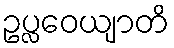
ဥပ္လဝေယျာတိ